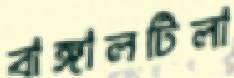
বাঙ্গালটিলা